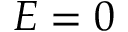
E = 0